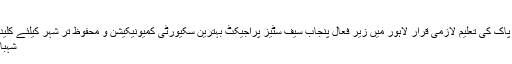
مولا بخش چانڈیو
خیبر پختونخوا کے اسکولوں میں قرآن پاک کی تعلیم لازمی قرار لاہور میں زیر فعال پنجاب سیف سٹیز پراجیکٹ بہترین سکیورٹی کمیونیکیشن و محفوظ تر شہر کیلئے کلیدی کردار ادا کرے گا‘عبداللہ خان سنبل
شہباز شریف پاناما کیس پر خاموش کیوں؟